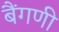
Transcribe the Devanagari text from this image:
बैंगणी